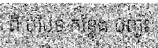
ពី បរិបទ កន្លែង បញ្ចុះ